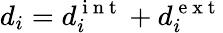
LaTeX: d_{i}=d_{i}^{\mathrm{~i~n~t~}}+d_{i}^{\mathrm{~e~x~t~}}